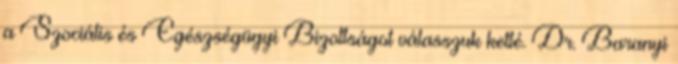
a Szociális és Egészségügyi Bizottságot válasszuk ketté. Dr. Baranyi